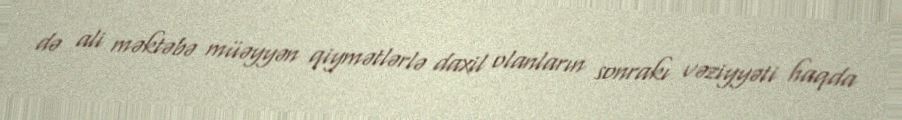
də ali məktəbə müəyyən qiymətlərlə daxil olanların sonrakı vəziyyəti haqda